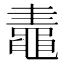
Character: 鼃